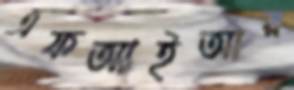
এফআইআর